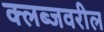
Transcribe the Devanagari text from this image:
क्लब्जवरील